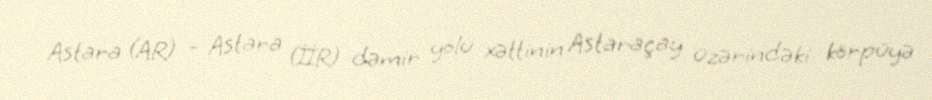
Astara (AR) - Astara (İİR) dəmir yolu xəttinin Astaraçay üzərindəki körpüyə